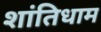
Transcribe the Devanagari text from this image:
शांतिधाम